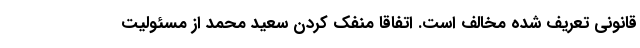
قانونی تعریف شده مخالف است. اتفاقاً منفک کردن سعید محمد از مسئولیت